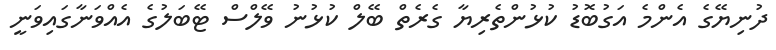
ދުނިޔޭގެ އެންމެ އަގުބޮޑު ކުޅުންތެރިޔާ ގެރެތް ބޭލް ކުޅުނު ވޭލްސް ޓޭބަލުގެ އެއްވަނާގައިވަނީ